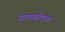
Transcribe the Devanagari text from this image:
आणखीएक